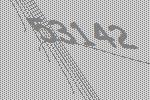
53142